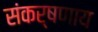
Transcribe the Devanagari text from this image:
संकर्षणाय